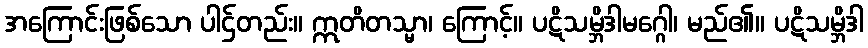
အကြောင်းဖြစ်သော ပါဌ်တည်း။ ဣတိတသ္မာ၊ ကြောင့်။ ပဋိသမ္ဘိဒါမဂ္ဂေါ၊ မည်၏။ ပဋိသမ္ဘိဒါ